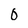
Character: 0